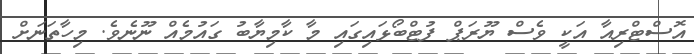
އޮސްޓްރިއާ އަކީ ވެސް ޔޫރަޕް ފުޓްބޯޅައިގައި މާ ކާމިޔާބު ގައުމެއް ނޫނެވެ. މިހާތަނަށް